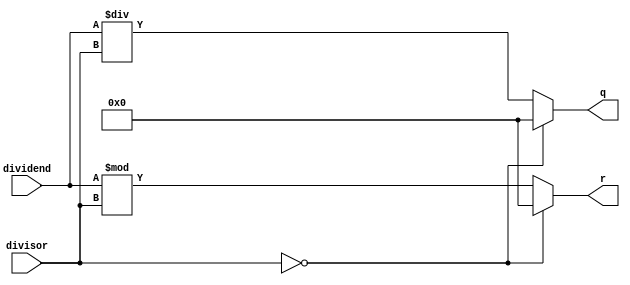
`timescale 1ns / 1ps
//////////////////////////////////////////////////////////////////////////////////
// Company: 
// Engineer: 
// 
// Design Name: 
// Module Name: DIVU
// Project Name: 
// Target Devices: 
// Tool Versions: 
// Description: 
// 
// Dependencies: 
// 
// Revision:
// Revision 0.01 - File Created
// Additional Comments:
// 
//////////////////////////////////////////////////////////////////////////////////

module DIVU(
input [31:0] dividend,
input [31:0] divisor,
output [31:0] q,
output [31:0] r
);

assign q=(divisor==32'b00000000000000000000000000000000)?(32'b00000000000000000000000000000000):(dividend/divisor);
assign r=(divisor==32'b00000000000000000000000000000000)?(32'b00000000000000000000000000000000):(dividend%divisor);
endmodule
/*
module DIVU(
input [31:0] dividend,
input [31:0] divisor,
input start,
input clock,
input reset,
output [31:0] q,
output [31:0] r,
output reg busy
);

reg [4:0] count;
reg [31:0] reg_q;
reg [31:0] reg_r;
reg [31:0] reg_b;
reg sign,busy_t;
wire [32:0] sub_add;
wire ready;
assign sub_add=sign?({reg_r,q[31]}+{1'b0,reg_b}):({reg_r,q[31]}-{1'b0,reg_b});
assign ready=~busy&busy_t;
assign r=sign?reg_r+reg_b:reg_r;
assign q=reg_q;

always @(posedge clock or posedge reset) begin
    if (reset==1) begin
        count<=5'b0;
        busy<=0;
        busy_t<=0;
        reg_r<=32'b0;
        reg_q<=32'b0;
        reg_b<=32'b0;
    end
    else begin
        busy_t<=busy;
        if (start) begin
            reg_r<=32'b0;
            sign<=0;
            reg_q<=dividend;
            reg_b<=divisor;
            count<=5'b0;
            busy<=1'b1;
        end
        else 
        if (busy) begin
            reg_r<=sub_add[31:0];
            sign<=sub_add[32];
            reg_q<={reg_q[30:0],~sub_add[32]};
            count<=count+5'b1;
            if (count==5'd31) busy<=0;
        end
    end
end
         
endmodule*/